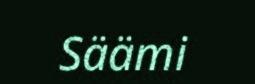
Säämi